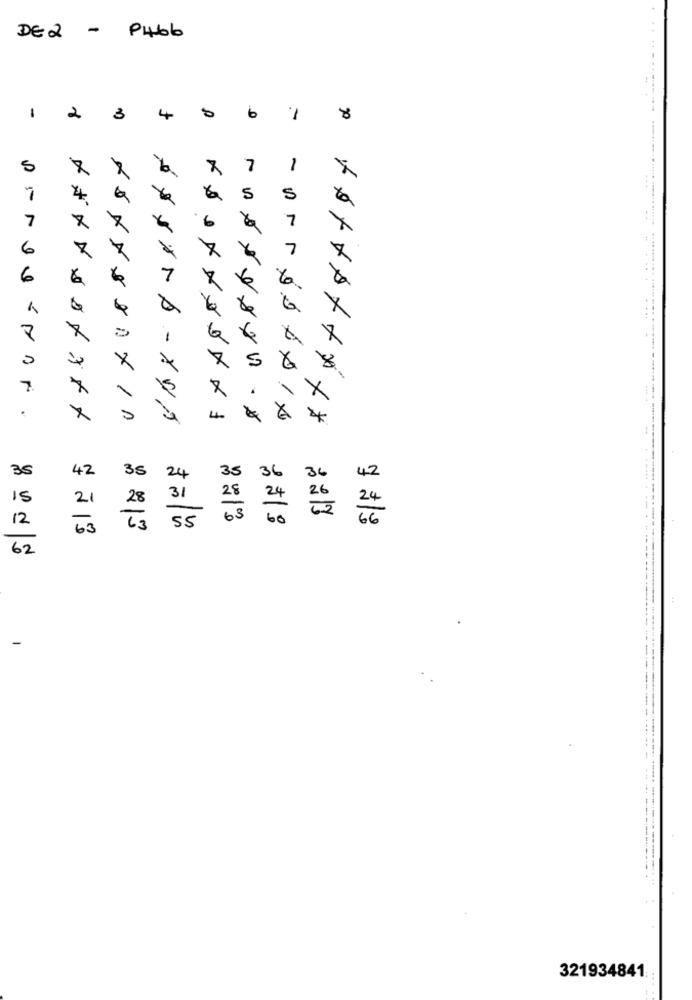
-
P4bb
DE 2
1
2
3
6
8
5
7
1
7
4
5
7
7
6
7
6
5
7
.
4.
+ + + + + + + xxx
35
42
35
36
42
35
24
36
15
21
31
28
24
12
63
60
24
63
: 213
55
62
321934841